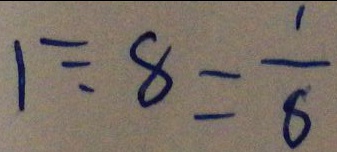
1 \div 8 = \frac { 1 } { 8 }